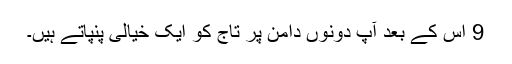
9 اس کے بعد آپ دونوں دامن پر تاج کو ایک خیالی پنپاتے ہیں۔